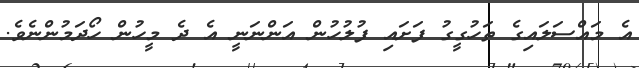
އެ މައްސަލައިގެ ތަހުގީގު ފަށައި ފުލުހުން އަންނަނީ އެ ދެ މީހުން ހޯދަމުންނެވެ.